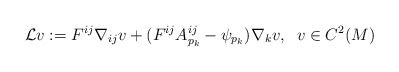
\begin{align*}\mathcal{L} v := F^{ij} \nabla_{ij} v + (F^{ij} A^{ij}_{p_k} - \psi_{p_k}) \nabla_k v, \;\; v \in C^2 (M)\end{align*}